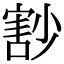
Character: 𡮞